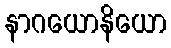
နာဂယောနိယော